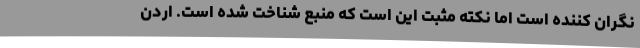
نگران کننده است اما نکته مثبت این است که منبع شناخت شده است. اردن